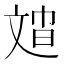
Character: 𱡣